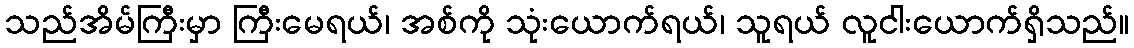
သည်အိမ်ကြီးမှာ ကြီးမေရယ်၊ အစ်ကို သုံးယောက်ရယ်၊ သူရယ် လူငါးယောက်ရှိသည်။